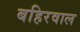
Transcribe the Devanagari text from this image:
बहिरवाल